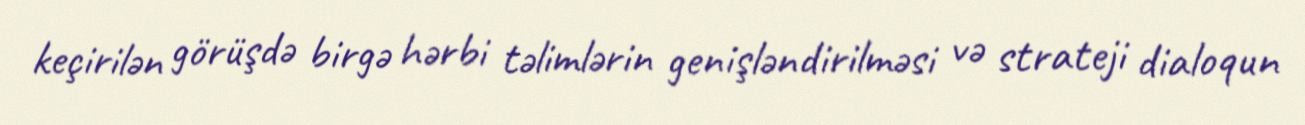
keçirilən görüşdə birgə hərbi təlimlərin genişləndirilməsi və strateji dialoqun